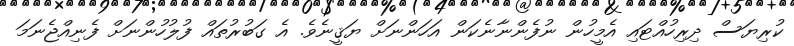
ކުރިޔަސް ދިރިހުއްޓައި އެމީހުން ނުފެންނާނެކަން އަހަންނަށް ޔަޤީނެވެ. އެ ގަބުރުތައް ފުލުހުންނަށް ފެނިއްޖެނަމަ